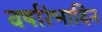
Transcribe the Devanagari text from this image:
वर्षारंभादिन